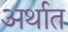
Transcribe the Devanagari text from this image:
अर्थात